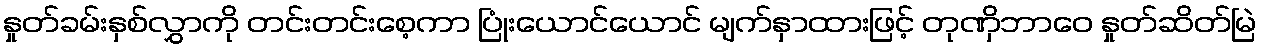
နှုတ်ခမ်းနှစ်လွှာကို တင်းတင်းစေ့ကာ ပြုံးယောင်ယောင် မျက်နှာထားဖြင့် တုဏှိဘာဝေ နှုတ်ဆိတ်မြဲ